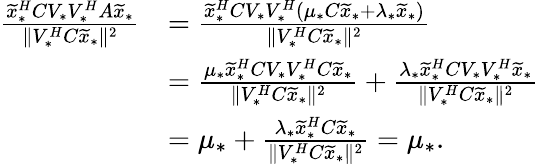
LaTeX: \begin{array}{rl}{\frac{\widetilde{x}_{*}^{H}CV_{*}V_{*}^{H}A\widetilde{x}_{*}}{\| V_{*}^{H}C\widetilde{x}_{*}\| ^{2}}}&{=\frac{\widetilde{x}_{*}^{H}CV_{*}V_{*}^{H}(\mu_{*}C\widetilde{x}_{*}+\lambda_{*}\widetilde{x}_{*})}{\| V_{*}^{H}C\widetilde{x}_{*}\| ^{2}}}\\ &{=\frac{\mu_{*}\widetilde{x}_{*}^{H}CV_{*}V_{*}^{H}C\widetilde{x}_{*}}{\| V_{*}^{H}C\widetilde{x}_{*}\| ^{2}}+\frac{\lambda_{*}\widetilde{x}_{*}^{H}CV_{*}V_{*}^{H}\widetilde{x}_{*}}{\| V_{*}^{H}C\widetilde{x}_{*}\| ^{2}}}\\ &{=\mu_{*}+\frac{\lambda_{*}\widetilde{x}_{*}^{H}C\widetilde{x}_{*}}{\| V_{*}^{H}C\widetilde{x}_{*}\| ^{2}}=\mu_{*}.}\end{array}